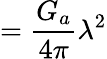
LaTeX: =\displaystyle{{\frac{G_{a}}{4\pi}}\lambda^{2}}